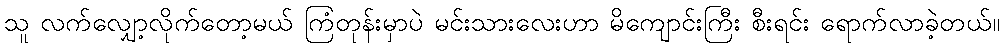
သူ လက်လျှော့လိုက်တော့မယ် ကြံတုန်းမှာပဲ မင်းသားလေးဟာ မိကျောင်းကြီး စီးရင်း ရောက်လာခဲ့တယ်။